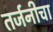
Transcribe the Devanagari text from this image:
तर्जनीचा